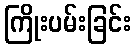
ကြိုးပမ်းခြင်း